Indian journal of veterinary science and animal husbandry - Volumes 24-25, 1954-1955
Year: 1954
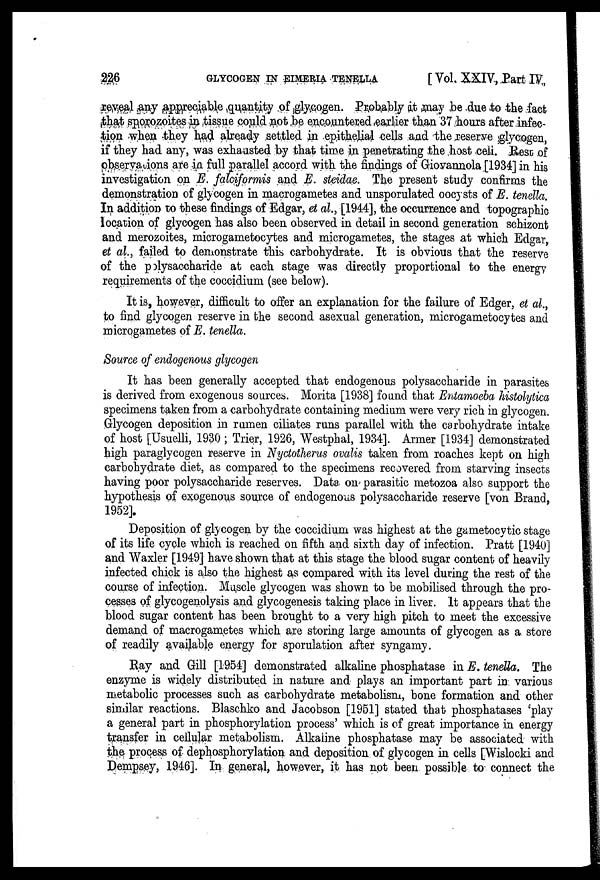
226
GLYCOGEN IN EIMERIA TENELLA
[ Vol. XXIV, Part IV,
reveal any appreciable quantity of glycogen. Probably it may be due to the fact
that sporozoites in tissue could not be encountered earlier than 37 hours after infec-
tion when they had already settled in epithelial cells and the reserve glycogen,
if they had any, was exhausted by that time in penetrating the host cell. Rest of
observations are in full parallel accord with the findings of Giovannola [1934] in his
investigation on E. falciformis and E. steidae. The present study confirms the
demonstration of glycogen in macrogametes and unsporulated oocysts of E. tenella.
In addition to these findings of Edgar, et al., [1944], the occurrence and topographic
location of glycogen has also been observed in detail in second generation schizont
and merozoites, microgametocytes and microgametes, the stages at which Edgar,
et al., failed to demonstrate this carbohydrate. It is obvious that the reserve
of the polysaccharide at each stage was directly proportional to the energy
requirements of the coccidium (see below).
It is, however, difficult to offer an explanation for the failure of Edger, et al.,
to find glycogen reserve in the second asexual generation, microgametocytes and
microgametes of E. tenella.
Source of endogenous glycogen
It has been generally accepted that endogenous polysaccharide in parasites
is derived from exogenous sources. Morita [1938] found that Entamoeba histolytica
specimens taken from a carbohydrate containing medium were very rich in glycogen.
Glycogen deposition in rumen ciliates runs parallel with the carbohydrate intake
of host [Usuelli, 1930 ; Trier, 1926, Westphal, 1934]. Armer [1934] demonstrated
high paraglycogen reserve in Nyctotherus ovalis taken from roaches kept on high
carbohydrate diet, as compared to the specimens recovered from starving insects
having poor polysaccharide reserves. Data on parasitic metozoa also support the
hypothesis of exogenous source of endogenous polysaccharide reserve [von Brand,
1952].
Deposition of glycogen by the coccidium was highest at the gametocytic stage
of its life cycle which is reached on fifth and sixth day of infection. Pratt [1940]
and Waxler [1949] have shown that at this stage the blood sugar content of heavily
infected chick is also the highest as compared with its level during the rest of the
course of infection. Muscle glycogen was shown to be mobilised through the pro-
cesses of glycogenolysis and glycogenesis taking place in liver. It appears that the
blood sugar content has been brought to a very high pitch to meet the excessive
demand of macrogametes which are storing large amounts of glycogen as a store
of readily available energy for sporulation after syngamy.
Ray and Gill [1954] demonstrated alkaline phosphatase in E. tenella. The
enzyme is widely distributed in nature and plays an important part in various
metabolic processes such as carbohydrate metabolism, bone formation and other
similar reactions. Blaschko and Jacobson [1951] stated that phosphatases 'play
a general part in phosphorylation process' which is of great importance in energy
transfer in cellular metabolism. Alkaiine phosphatase may be associated with
the process of dephosphorylation and deposition of glycogen in cells [Wislocki and
Dempsey, 1946]. In general, however, it has not been possible to connect the